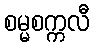
စမ္မစက္ကလီ